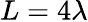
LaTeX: L=4\lambda